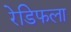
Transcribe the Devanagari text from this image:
रेडिफला